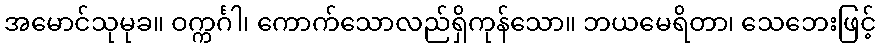
အမောင်သုမုခ။ ဝက္ကင်္ဂါ၊ ကောက်သောလည်ရှိကုန်သော။ ဘယမေရိတာ၊ သေဘေးဖြင့်